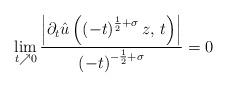
LaTeX: \begin{align*}\lim_{t\nearrow0}\frac{\left|\partial_{t}\hat{u}\left(\left(-t\right)^{\frac{1}{2}+\sigma}z,\,t\right)\right|}{\left(-t\right)^{-\frac{1}{2}+\sigma}}=0\end{align*}